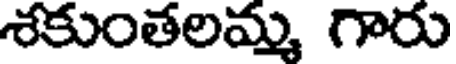
శకుంతలమ్మ గారు